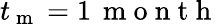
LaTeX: t_{\mathrm{~m~}}=1\, \mathrm{~m~o~n~t~h~}